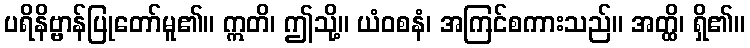
ပရိနိဗ္ဗာန်ပြုတော်မူ၏။ ဣတိ၊ ဤသို့။ ယံဝစနံ၊ အကြင်စကားသည်။ အတ္ထိ၊ ရှိ၏။